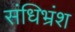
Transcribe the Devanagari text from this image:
संधिभ्रंश